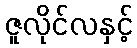
ဇူလိုင်လနှင့်